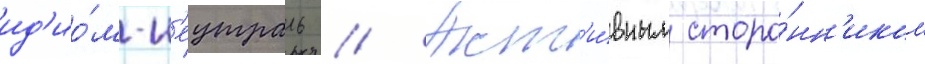
ид'ио́м-н'еутраль // Акт'и́вным сторо́нн'иком